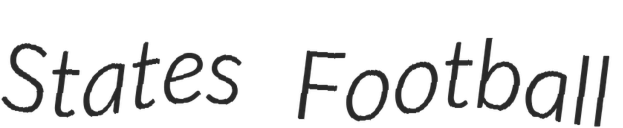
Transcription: States Football